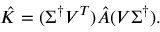
\hat { K } = ( \Sigma ^ { \dagger } V ^ { T } ) \hat { A } ( V \Sigma ^ { \dagger } ) .